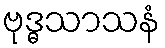
ဗုဒ္ဓသာသနံ